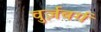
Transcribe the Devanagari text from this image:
वुर्ज़बर्ग